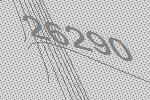
26290